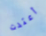
أعتدت